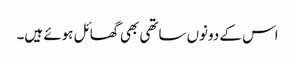
اس کے دونوں ساتھی بھی گھائل ہوئے ہیں۔